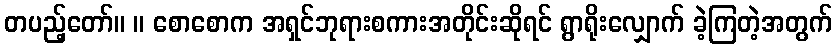
တပည့်တော်။ ။ စောစောက အရှင်ဘုရားစကားအတိုင်းဆိုရင် ရွာရိုးလျှောက် ခဲ့ကြတဲ့အတွက်